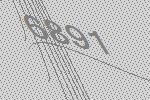
6891